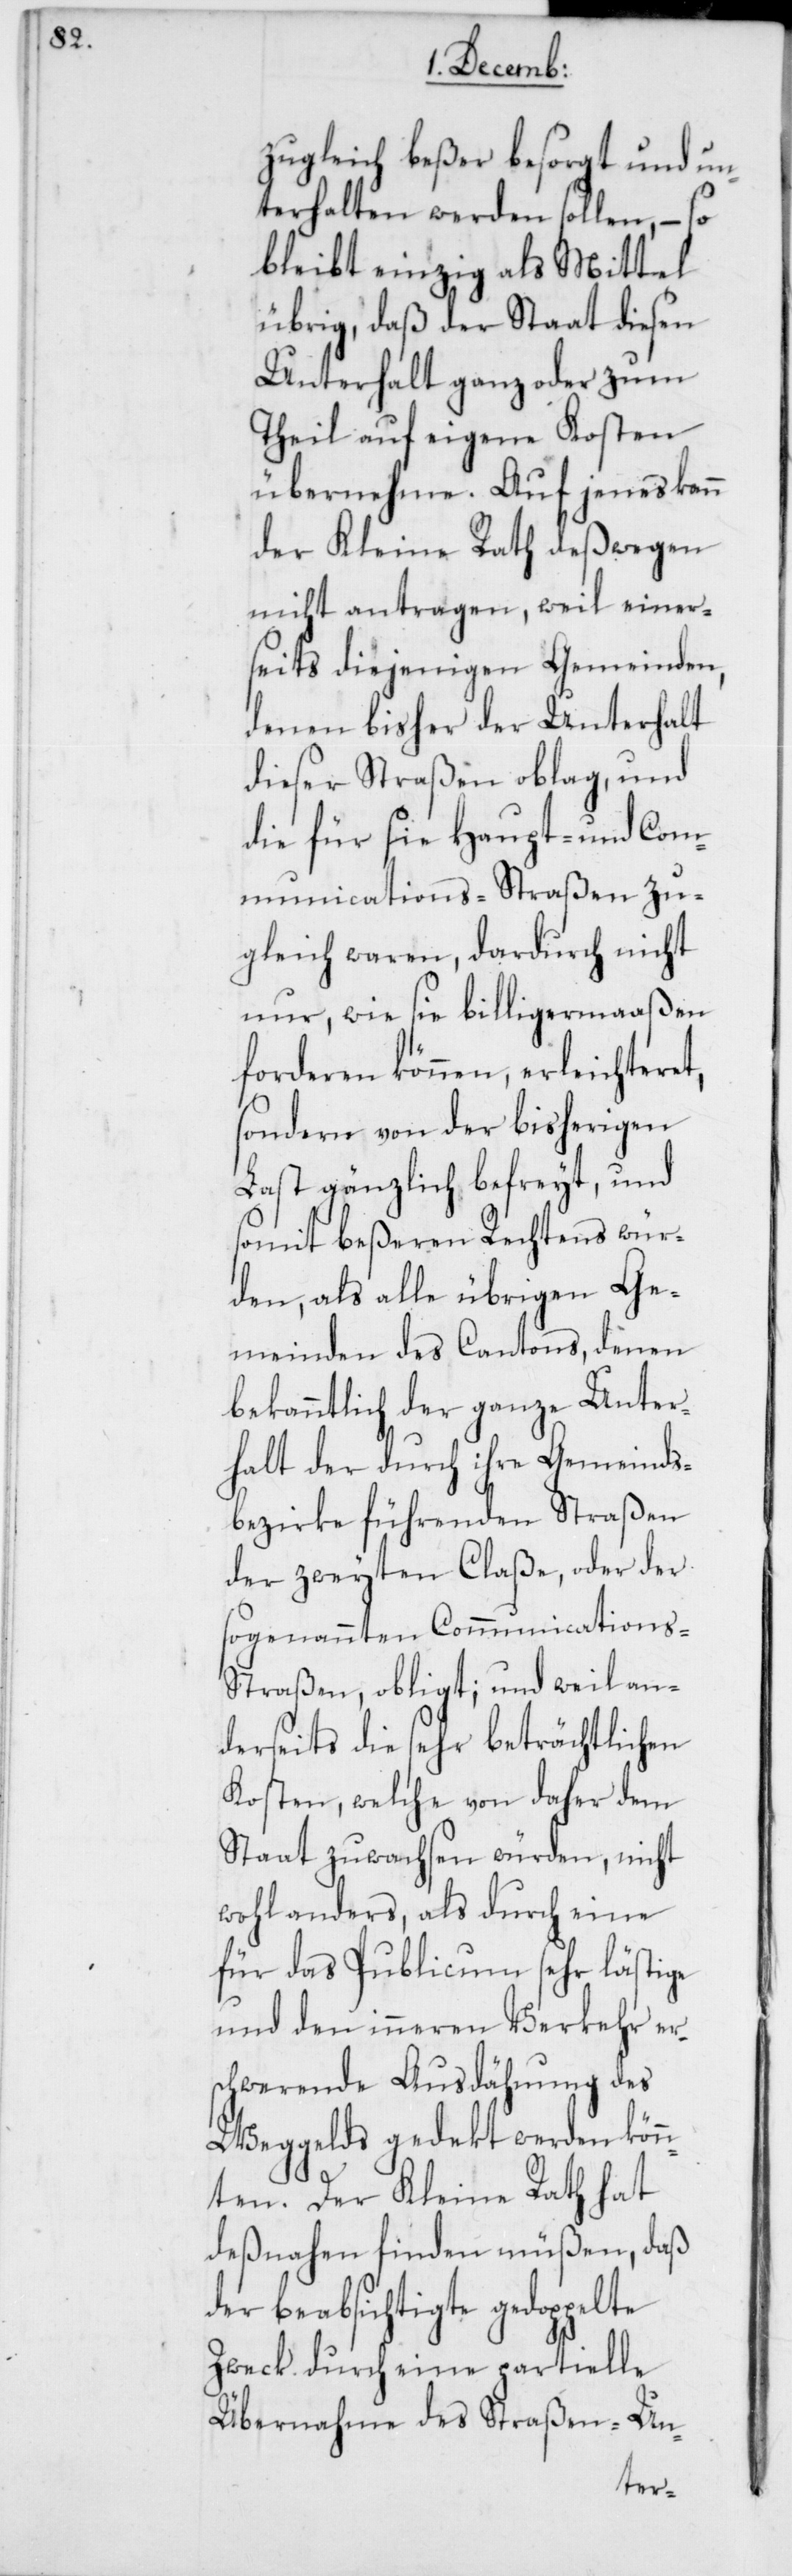
zugleich beßer besorgt und un¬
terhalten werden sollen, – so
bleibt einzig als Mittel
übrig, daß der Staat diesen
Unterhalt ganz oder zum
Theil auf eigene Kosten
übernehme. Auf jenes kann
der Kleine Rath deßwegen
nicht antragen, weil einer¬
seits diejenigen Gemeinden,
denen bisher der Unterhalt
dieser Straßen oblag, und
die für sie Haupt- und Com¬
munications-Straßen zu¬
gleich waren, dardurch nicht
nur, wie sie billigermaaßen
forderen können, erleichteret,
sondern von der bisherigen
Last gänzlich befreyt, und
somit beßeren Rechtens wür¬
den, als alle übrigen Ge¬
meinden des Cantons, denen
bekanntlich der ganze Unter¬
halt der durch ihre Gemeinds¬
bezirke führenden Straßen
der zweyten Claße, oder der
sogenannten Communications-S¬
traßen, obliegt; und weil an¬
derseits die sehr beträchtlichen
Kosten, welche von daher dem
Staat zuwachsen würden, nicht
wohl anders, als durch eine
für das Publicum sehr lästige
und den inneren Verkehr er¬
schwerende Ausdähung des
Weggelds gedekt werden könn¬
ten. Der Kleine Rath hat
deßnahen finden müßen, daß
der beabsichtigte gedoppelte
Zweck durch eine partielle
Übernahme des Straßen-Un-